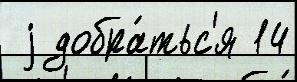
 j добра́тьс'я 14